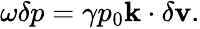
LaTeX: \begin{array}{r}{\omega\delta p=\gamma p_{0}\mathbf{k}\cdot\delta\mathbf{v}.}\end{array}